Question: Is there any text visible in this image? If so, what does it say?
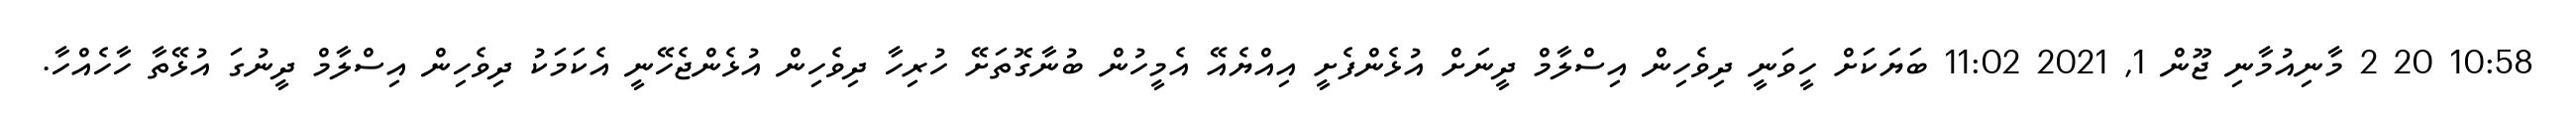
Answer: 10:58 20 2 މާނިއުމާނި ޖޫން 1, 2021 11:02 ބަޔަކަށް ހީވަނީ ދިވެހިން އިސްލާމް ދީނަށް އުޅެންފެށީ އިއްޔެއޭ އެމީހުން ބުނާގޮތަށޭ ހުރިހާ ދިވެހިން އުޅެންޖެހޭނީ އެކަމަކު ދިވެހިން އިސްލާމް ދީނުގަ އުޅޭތާ ހާހެއްހާ.